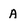
Character: A